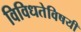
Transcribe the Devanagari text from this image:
विविधतेविषयी